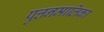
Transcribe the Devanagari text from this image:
पुत्तनमालिका